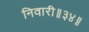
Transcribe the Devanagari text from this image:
निवारी॥३४॥